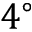
4 ^ { \circ }